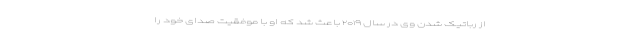
از رباتیک شدن وی در سال ۲۰۱۹ باعث شد که او با موفقیت صدای خود را